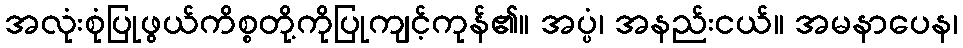
အလုံးစုံပြုဖွယ်ကိစ္စတို့ကိုပြုကျင့်ကုန်၏။ အပ္ပံ၊ အနည်းငယ်။ အမနာပေန၊